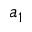
a _ { 1 }